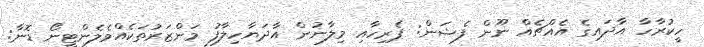
ހީކުރާހާ އާދައިގެ އެއްޗެއް ނޫން ފެޝަން: ޕެރިހާއި މިލާނުން އާދަޔާހިލާފު މަންޒަރުތަކެއްވެލެންޓީނޯ ޑޮނާ: